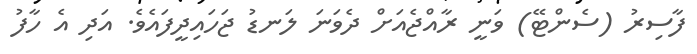
ފާސިރު (ސެންޓޭ) ވަނީ ރާއްޖެއަށް ދެވަނަ ލަނޑު ޖަހައިދީފައެވެ. އަދި އެ ހާފު